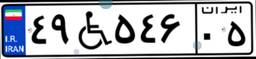
۴۹W۵۴۶۰۵